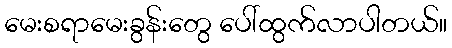
မေးစရာမေးခွန်းတွေ ပေါ်ထွက်လာပါတယ်။